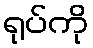
ရုပ်ကို